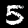
Label: 5